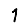
Digit: 1